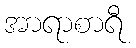
အာရာစာရီ